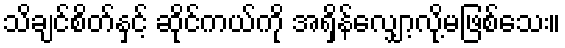
သိချင်စိတ်နှင့် ဆိုင်ကယ်ကို အရှိန်လျှော့လို့မဖြစ်သေး။